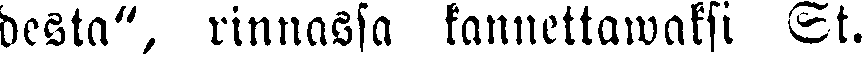
desta", rinnassa kannettawaksi St.